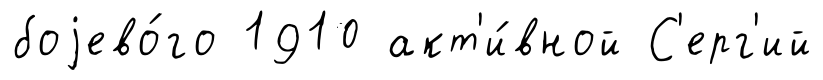
боjево́го 1910 акт'и́вной С'ерг'ий